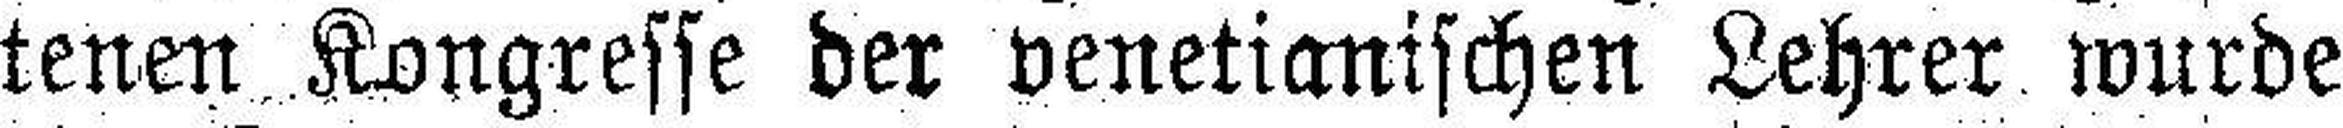
tenen Kongresse der venetianischen Lehrer wurde